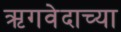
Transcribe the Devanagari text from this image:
ऋगवेदाच्या